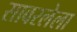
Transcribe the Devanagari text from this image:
सावरलेला